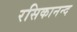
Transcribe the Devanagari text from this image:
रसिकानन्द